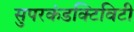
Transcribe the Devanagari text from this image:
सुपरकंडक्टिविटी